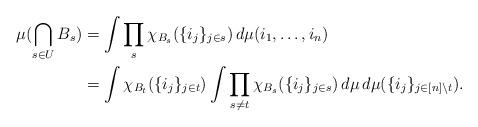
LaTeX: \begin{align*} \mu(\bigcap_{s\in U}B_s) &=\int \prod_s\chi_{B_s}(\{i_j\}_{j\in s})\,d\mu(i_1,\ldots,i_n)\\ &=\int \chi_{B_t}(\{i_j\}_{j\in t}) \int \prod_{s\neq t}\chi_{B_s}(\{i_j\}_{j\in s})\,d\mu\,d\mu(\{i_j\}_{j\in[n]\setminus t}). \end{align*}